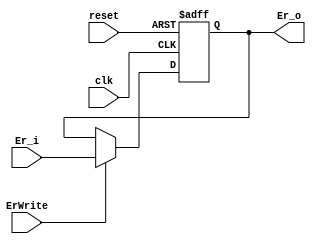
`timescale 1ns / 1ps

module ErrorTarget(reset, clk, ErWrite, Er_i, Er_o);
    //Input Clock Signals
    input reset;             
    input clk;
    //Input Control Signals             
    input ErWrite;
    //Input PC             
    input [4:0] Er_i;
    //Output PC  
    output reg [4:0] Er_o; 


always@(posedge reset or posedge clk)
    begin
        if(reset) begin
            Er_o <= 0;
        end else if (ErWrite) begin
            Er_o <= Er_i;
        end else begin
            Er_o <= Er_o;
        end
    end
endmodule